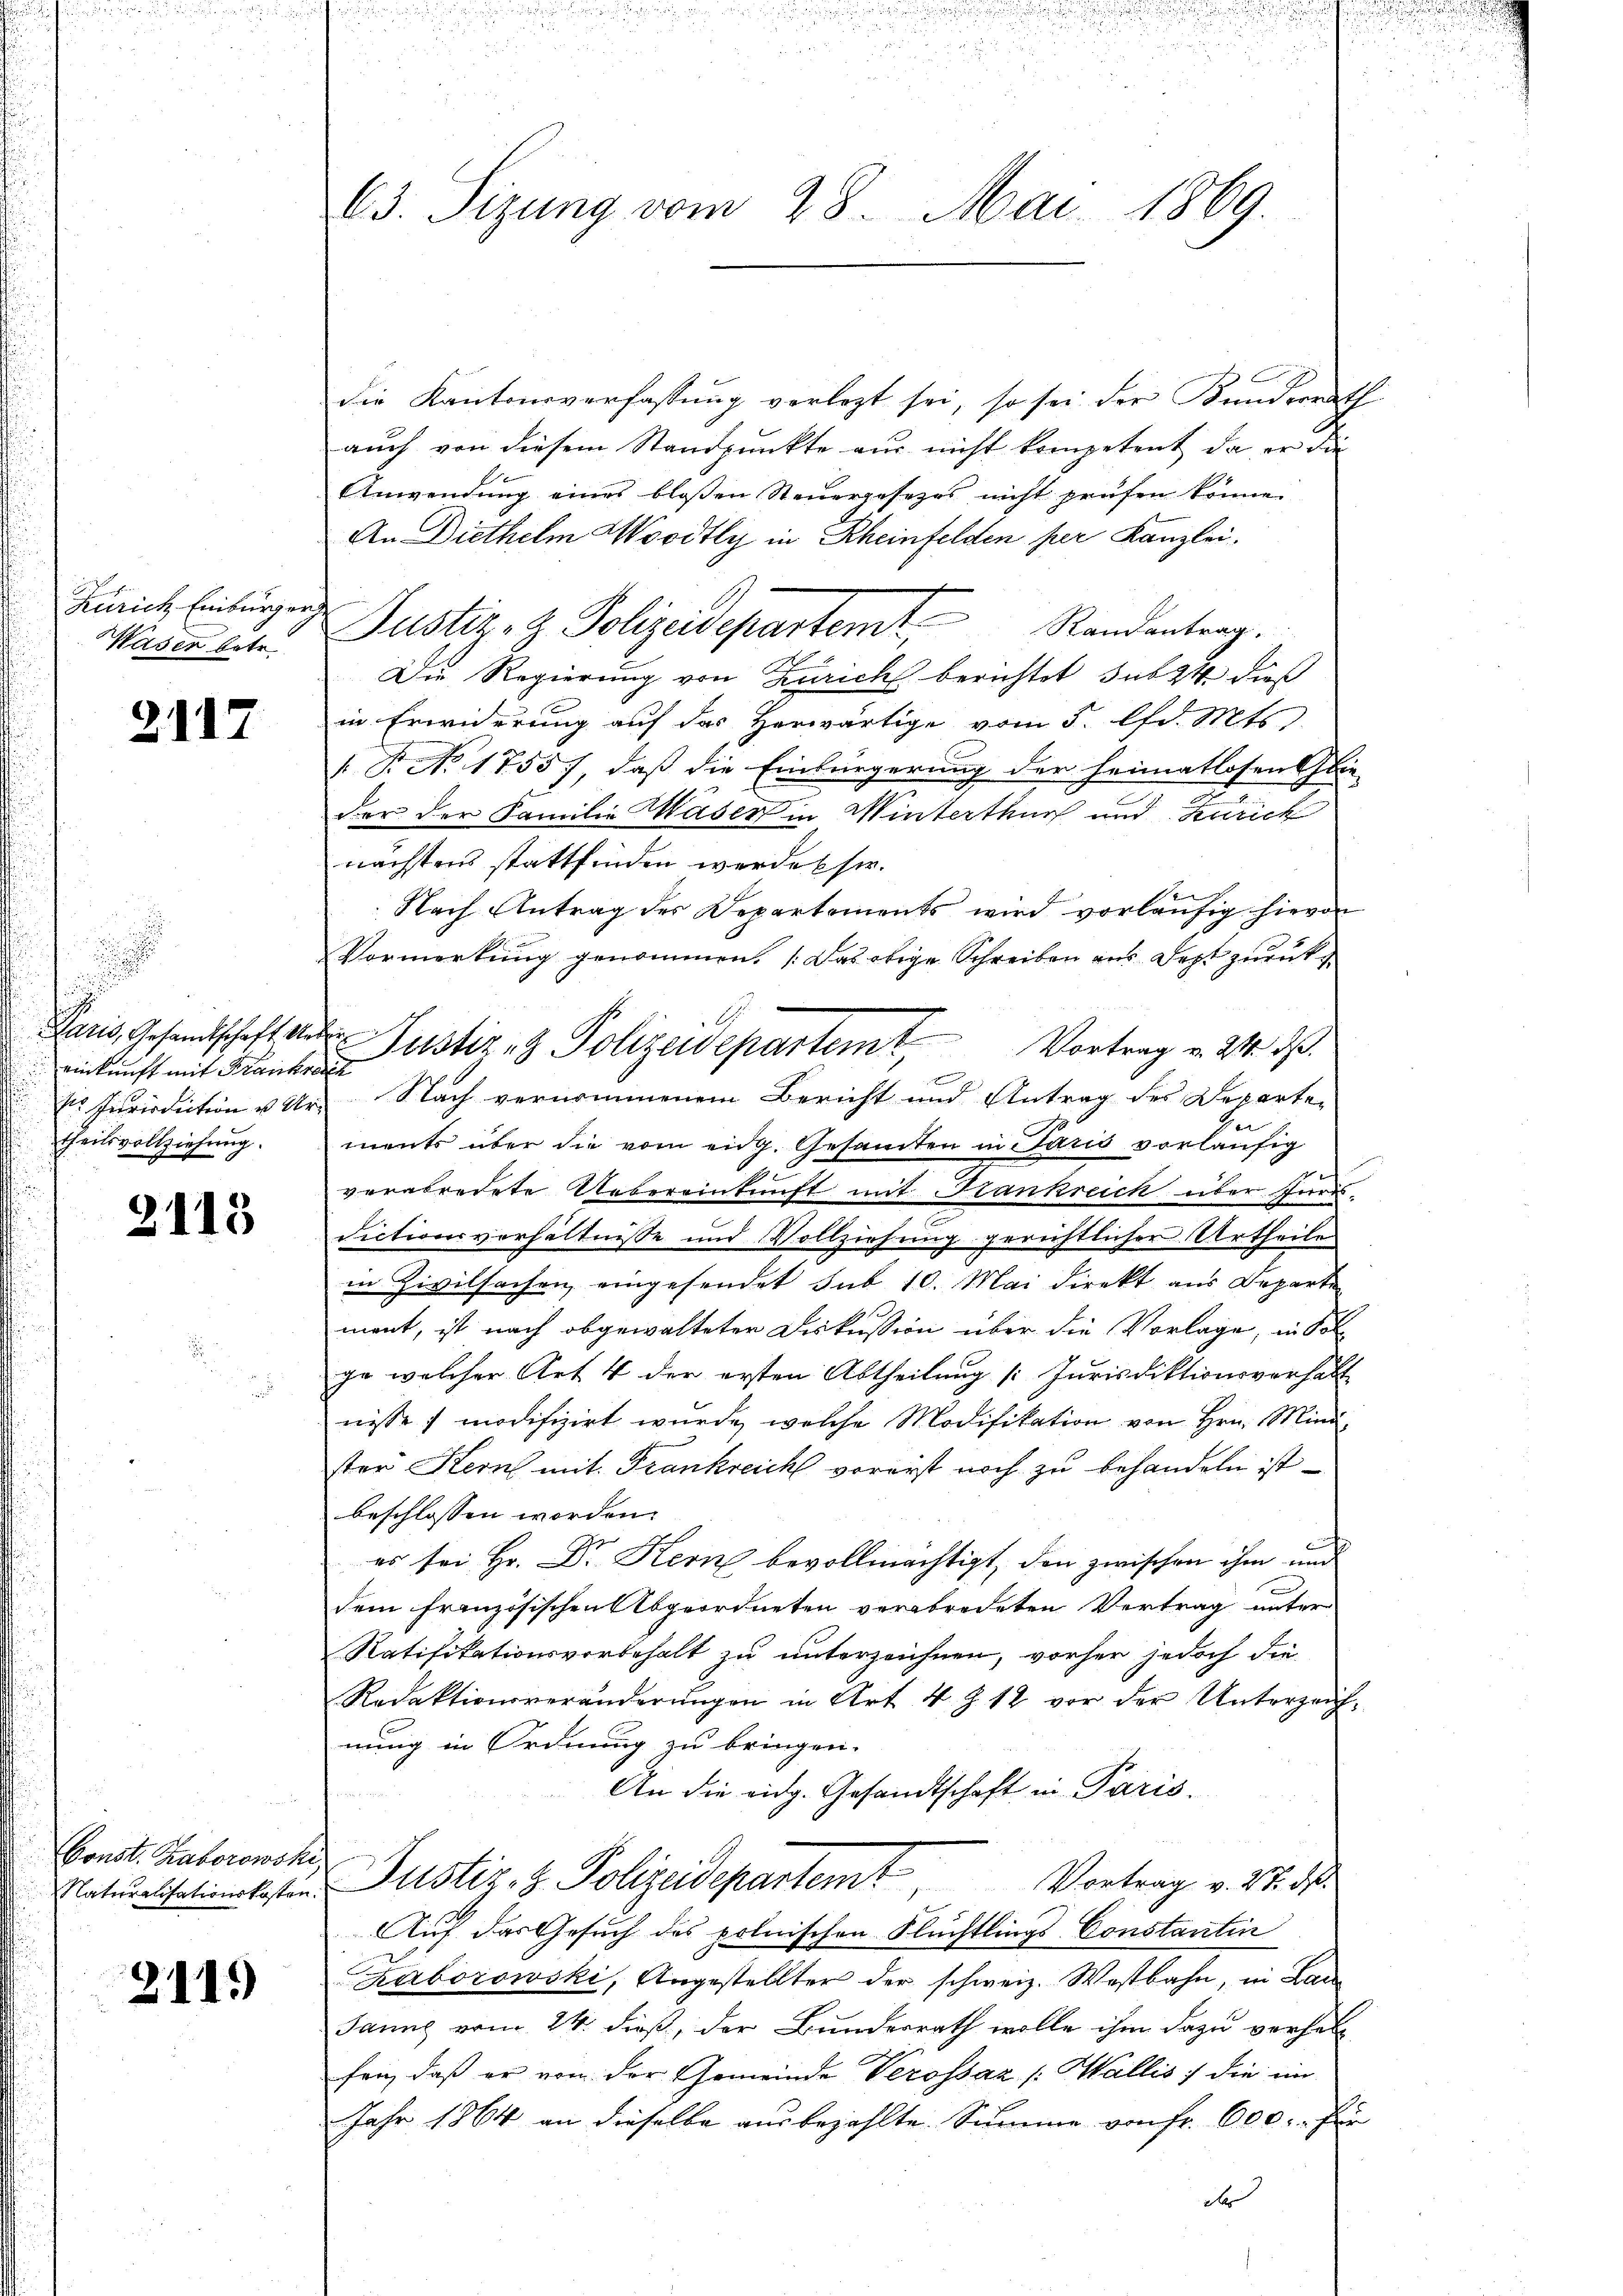
Zürich Einburger
Waser betr.

2117

i
einkunft mit Krankreich
theilsvollziehung.

2113

Const. Laborowski,

2115)

63. Sizung vom 28. Mai 1869.

die Kantonsverfassung verlegt sei, so sei der Kunderrath
auch von diesem Standpunkte aus nicht kompetent, da er die
Anwendŭng eines bloßen Steŭergesezes nicht prüfen könne.
An Diethelm Woodtly in Rheinfelden per Kanzlei.
Justiz- & Polizeidepartemt Randentrag.
Die Regierung von Zürich berichtet sub 24 dieß
in Erwiderung auf das Herwärtige vom 5. lfd. Mts.
. B. No. 1755), daß die Einbürgerung der heimatlosen Glie-
der der Familie Waser in Winterthur und Zürich
nächstens stattfinden werde sie.
Nach Antrag des Departements wird vorläufig hievon
Vormerkung genommen. Das obige Schreiben aus Jezt zurück¬
Sir Jurisdiction v. Ur Nach vernommenem Bericht und Antrag des Departe
ments über die vom eidg. Gesamten in Paris vorläufig
verabredete Uebereinkunft mit Frankreich über sind
dictionsverhältnisse und Vollziehung gerichtlicher Urtheile
in Zivilsachen, eingesendet sub 10. Mai direkt aus Departe
ment, ist nach abgewalteter Diskussion über die Vorlage, in Sol
ge welcher Art 4 der ersten Abtheilung [Jurisdiktionsverhalt
nisse modifizirt wurde, welche Modifikation von Hrn. Mind
ster Stern mit Frankreich vorerst noch zu behandeln ist
beschlossen worden.
es sei Hr. Dr. Kern bevollmächtigt, den zwischen ihm und
dem französischen Abgeordneten verabredeten Vertrag unter
Ratifikationsvorbehalt zu unterzeichnen, vorher jedoch die
Redaktionsveränderŭngen in Art. 4 Z. 12 vor der Unterzeich-
nung in Ordnung zu bringen.
An die eidg. Gesandtschaft in Paris.
Vortrag v. 27. ds.
Naturalitationskosten Justiz- & Polizeidepartemt
Auf das Gesuch des polnischen Flüchtlings Constantin
Laborowski, Angestellter der schweiz. Westbahn, in Lan
Janns vom 24. dieß, der Bunderrath wolle ihm dazu verhal
fen, daß er von der Gemeinde Verossaz [Wallis 7 die im
Jahr 1864 an dieselbe ausbezahlte Summe von Fr. 600. für
d

Paris, Gesandtschaft der Justiz- & Polizeidepartemt, Vortrag v. 24. ds.